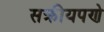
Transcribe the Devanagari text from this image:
सक्रीयपणे